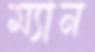
ম্যান